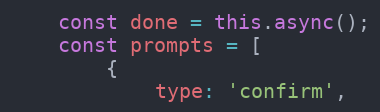
Language: JavaScript
    const done = this.async();
    const prompts = [
        {
            type: 'confirm',